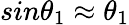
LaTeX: sin\theta_{1}\approx\theta_{1}